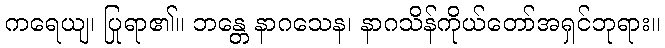
ကရေယျ၊ ပြုရာ၏။ ဘန္တေ နာဂသေန၊ နာဂသိန်ကိုယ်တော်အရှင်ဘုရား။